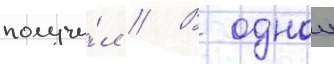
получи́л // В однои